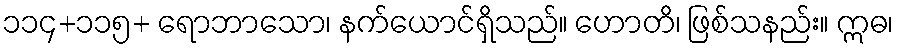
၁၁၄+၁၁၅+ ရောဘာသော၊ နက်ယောင်ရှိသည်။ ဟောတိ၊ ဖြစ်သနည်း။ ဣဓ၊